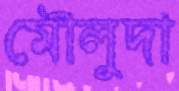
মৌলুদা